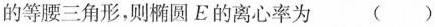
的等腰三角形，则椭圆E的离心率为（）